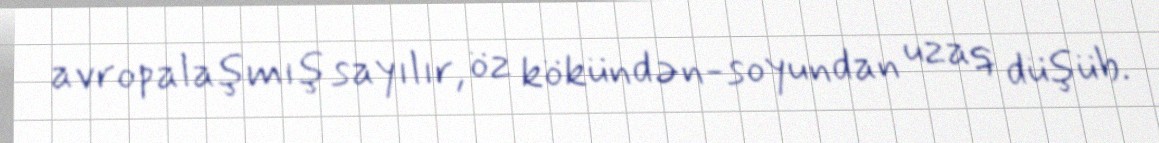
avropalaşmış sayılır, öz kökündən-soyundan uzaq düşüb.